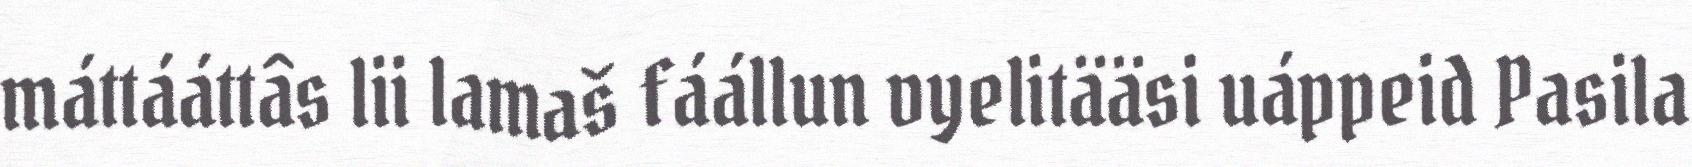
máttááttâs lii lamaš fáállun vyelitääsi uáppeid Pasila